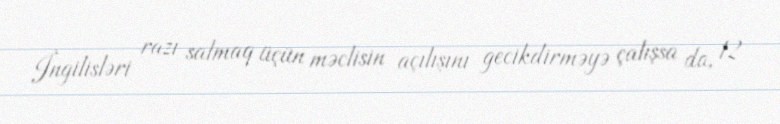
İngilisləri razı salmaq üçün məclisin açılışını gecikdirməyə çalışsa da, 12